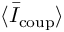
\langle \bar { I } _ { \mathrm { c o u p } } \rangle